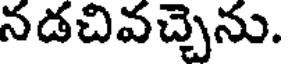
నడచివచ్చెను.